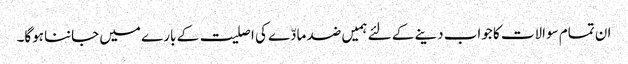
ان تمام سوالات کا جواب دینے کے لئے ہمیں ضد مادّے کی اصلیت کے بارے میں جاننا ہوگا۔